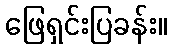
ဖြေရှင်းပြခန်း။